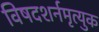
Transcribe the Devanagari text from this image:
विषदशर्नमृत्युक